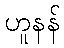
ဟူနန်